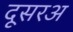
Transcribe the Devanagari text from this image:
दूसरअ